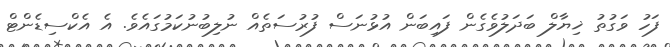
ފަހު ވަގުތު ޚިޔާލް ބަދަލުވެގެން ފައިބަން އުޅުނަސް ފުރުސަތެއް ނުލިބުނުކަމުގައެވެ. އެ އެކްސިޑެންޓް